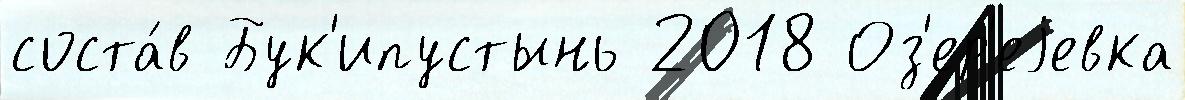
соста́в Бук'ипустынь 2018 Оз'ер'еjевка